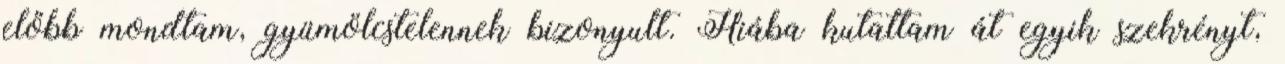
előbb mondtam, gyümölcstelennek bizonyult. Hiába kutattam át egyik szekrényt,